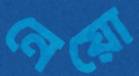
নেয়ো